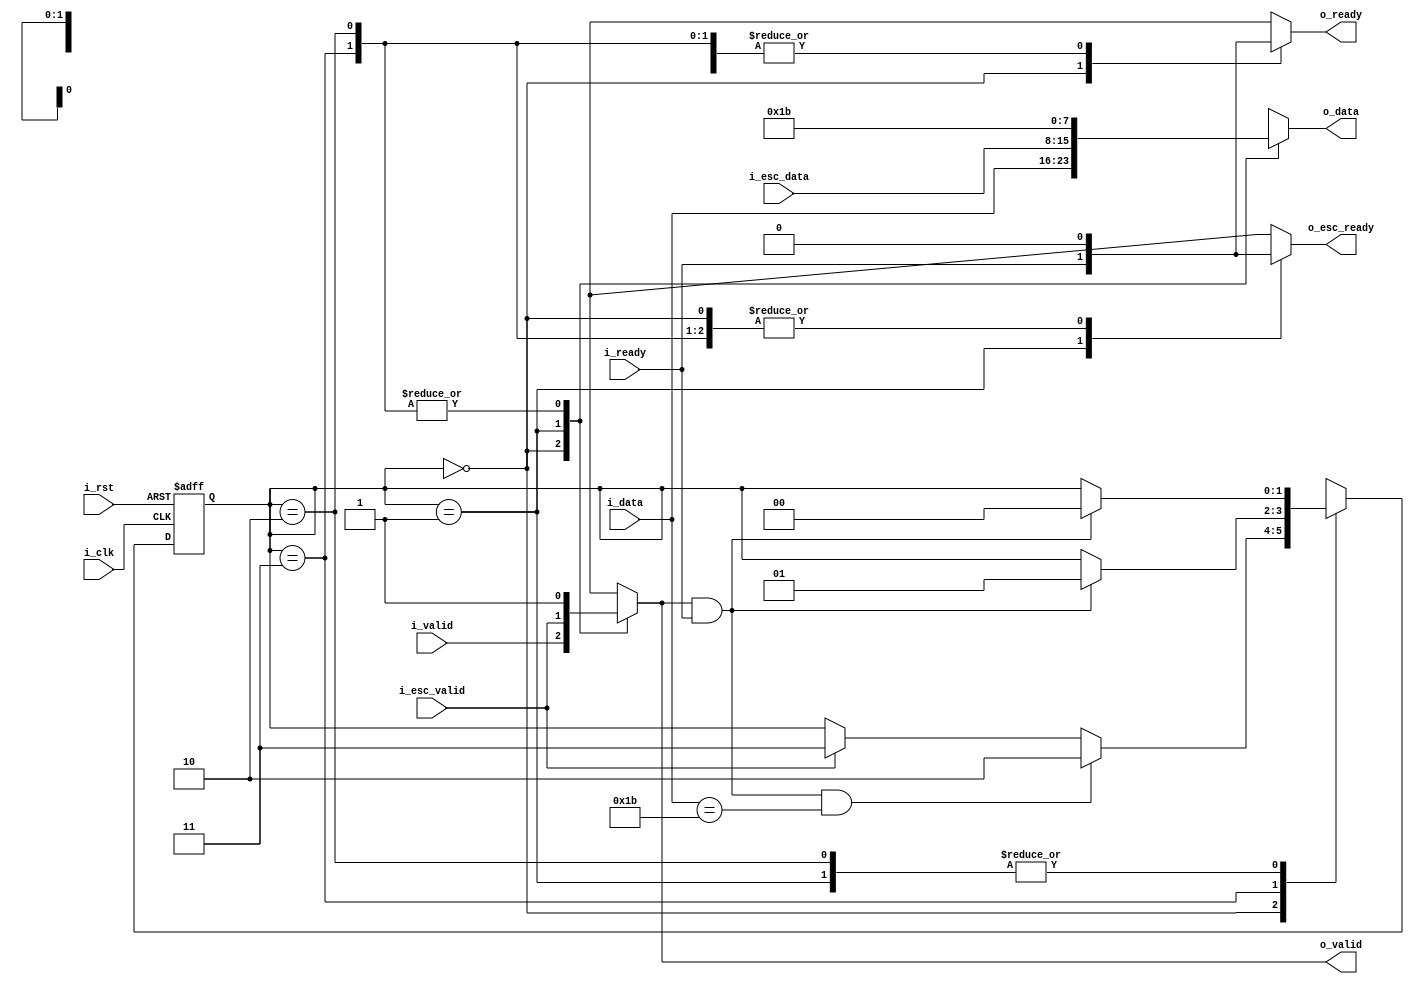
/*
 * Control Port Stream Escaper
 *
 * Module passes through a byte stream, except for:
 * - If it encounters ESC_CHAR byte, two ESC_CHAR are escted in a row
 * - When i_esc stream has data, it takes priority over main stream,
 *   and each byte from it is forwarded to the output after prepending
 *   ESC_CHAR
 */


module cpstr_esc #(
    parameter ESC_CHAR = 8'd27
) (
    input i_clk,
    input i_rst,
    //
    input [7:0] i_data,
    input i_valid,
    output o_ready,
    //
    output [7:0] o_data,
    output o_valid,
    input i_ready,
    //
    input i_esc_valid,
    input [7:0] i_esc_data,
    output o_esc_ready
);

    wire clk, rst;
    assign clk = i_clk;
    assign rst = i_rst;

    // completion detection
    wire byte_sent;
    assign byte_sent = o_valid & i_ready;

    // Stream routing state machine
    reg [1:0] route;
    reg [1:0] route_next;

    localparam ROUTE_MAIN = 2'd0;
    localparam ROUTE_ESC = 2'd1;
    localparam ROUTE_ESC_GEN_MAIN = 2'd2;
    localparam ROUTE_ESC_GEN_ESC = 2'd3;

    always @(posedge clk or posedge rst) begin
        if (rst)
            route <= ROUTE_MAIN;
        else
            route <= route_next;
    end

    always @(*) begin
        route_next = route;
        case (route)

        ROUTE_MAIN:
            if (byte_sent && i_data == ESC_CHAR)
                route_next = ROUTE_ESC_GEN_MAIN;
            else if (i_esc_valid)
                route_next = ROUTE_ESC_GEN_ESC;

        ROUTE_ESC_GEN_MAIN:
            if (byte_sent)
                route_next = ROUTE_MAIN;

        ROUTE_ESC_GEN_ESC:
            if (byte_sent)
                route_next = ROUTE_ESC;

        ROUTE_ESC:
            if (byte_sent)
                route_next = ROUTE_MAIN;

        endcase
    end

    // Stream routing
    reg main_ready;
    reg esc_ready;
    reg [7:0] send_data;
    reg send_valid;

    always @(*) begin
        main_ready = 1'b0;
        esc_ready = 1'b0;
        send_data = 8'd0;
        send_valid = 1'b0;
        case(route)
        ROUTE_MAIN: begin
            main_ready = i_ready;
            send_data = i_data;
            send_valid = i_valid;
        end

        ROUTE_ESC: begin
            esc_ready = i_ready;
            send_data = i_esc_data;
            send_valid = i_esc_valid;
        end

        ROUTE_ESC_GEN_MAIN, ROUTE_ESC_GEN_ESC: begin
            send_data = ESC_CHAR;
            send_valid = 1'b1;
        end
        endcase
    end

    assign o_data = send_data;
    assign o_valid = send_valid;
    assign o_ready = main_ready;
    assign o_esc_ready = esc_ready;

endmodule